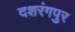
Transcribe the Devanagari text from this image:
दशरंगपुर